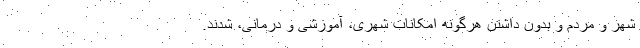
شهر و مردم و بدون داشتن هرگونه امکانات شهری، آموزشی و درمانی، شدند.